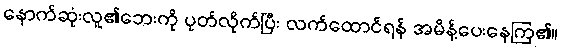
နောက်ဆုံးလူ၏ဘေးကို ပုတ်လိုက်ပြီး လက်ထောင်ရန် အမိန့်ပေးနေကြ၏။